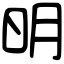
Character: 明